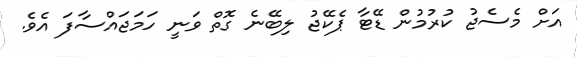
އަށް މެސެޖު ކުރުމުން ޑޭޓާ ޕެކޭޖު ލިބޭނެ ގޮތް ވަނީ ހަމަޖައްސާފަ އެވެ.